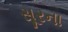
સૂરના